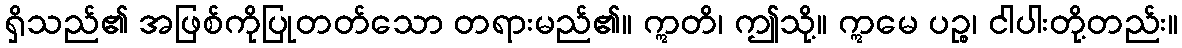
ရှိသည်၏ အဖြစ်ကိုပြုတတ်သော တရားမည်၏။ ဣတိ၊ ဤသို့။ ဣမေ ပဉ္စ၊ ငါပါးတို့တည်း။